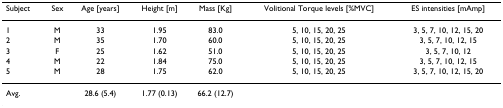
| Subject | Sex | Age [years] | Height [m] | Mass [Kg] | Volitional Torque levels [%MVC] | ES intensities [mAmp] |
 | --- | --- | --- | --- | --- | --- | --- |
 | 1 | M | 33 | 1.95 | 83.0 | 5, 10, 15, 20, 25 | 3, 5, 7, 10, 12, 15, 20 |
 | 2 | M | 35 | 1.70 | 60.0 | 5, 10, 15, 20, 25 | 3, 5, 7, 10, 12, 15 |
 | 3 | F | 25 | 1.62 | 51.0 | 5, 10, 15, 20, 25 | 3, 5, 7, 10, 12 |
 | 4 | M | 22 | 1.84 | 75.0 | 5, 10, 15, 20, 25 | 3, 5, 7, 10, 12, 15 |
 | 5 | M | 28 | 1.75 | 62.0 | 5, 10, 15, 20, 25 | 3, 5, 7, 10, 12, 15, 20 |
 | Avg. |  | 28.6 (5.4) | 1.77 (0.13) | 66.2 (12.7) |  |  |